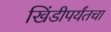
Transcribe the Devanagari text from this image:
खिंडीपर्यंतचा